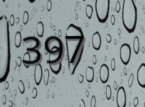
397